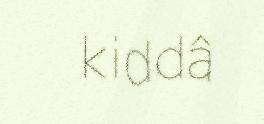
kiddâ